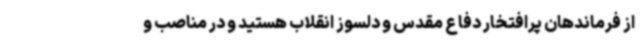
از فرماندهان پرافتخار دفاع مقدس و دلسوز انقلاب هستید و در مناصب و